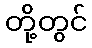
တို့တွင်